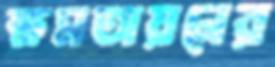
ক্ষমতায়নের